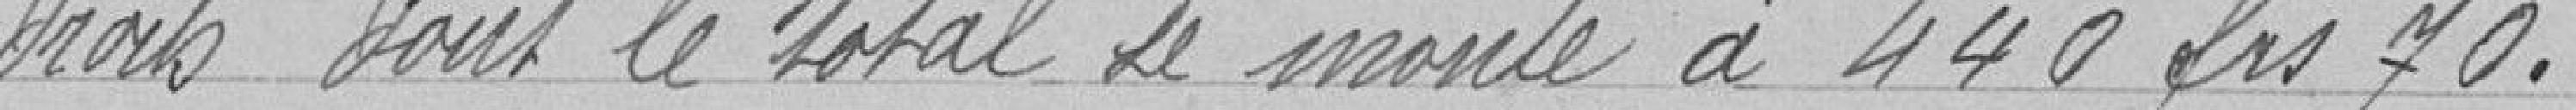
droits dont le total se monte à 440 frs 70 .